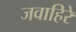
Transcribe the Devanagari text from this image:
जवाहिरे